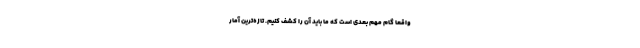
واقعا گام مهم بعدی است که ما باید آن را کشف کنیم. تازه‌ترین آمار